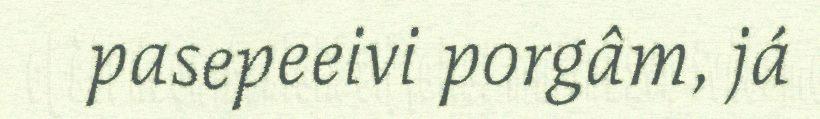
pasepeeivi porgâm, já